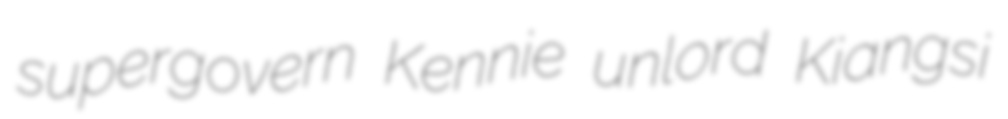
supergovern Kennie unlord Kiangsi